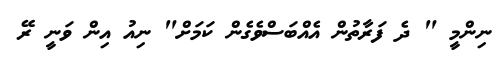
ނިންމީ " ދެ ފަރާތުން އެއްބަސްވެެގެން ކަމަށް" ނިއު އިން ވަނީ ރޭ